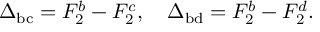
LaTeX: \Delta _ { \mathrm { b c } } = F _ { 2 } ^ { b } - F _ { 2 } ^ { c } , \quad \Delta _ { \mathrm { b d } } = F _ { 2 } ^ { b } - F _ { 2 } ^ { d } .